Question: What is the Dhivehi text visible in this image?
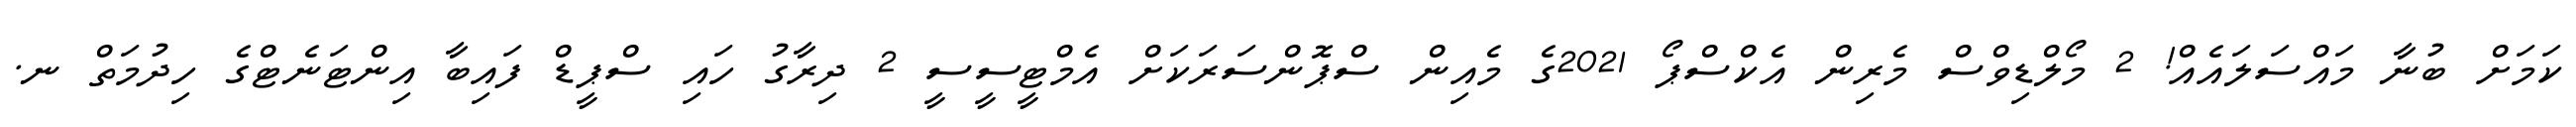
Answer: ކަމަށް ބުނާ މައްސަލައެއް! 2 މޯލްޑިވްސް މެރިން އެކްސްޕޯ 2021ގެ މެއިން ސްޕޮންސަރަކަށް އެމްޓީސީސީ 2 ދިރާގު ހައި ސްޕީޑް ފައިބާ އިންޓަނެޓްގެ ހިދުމަތް ނ.